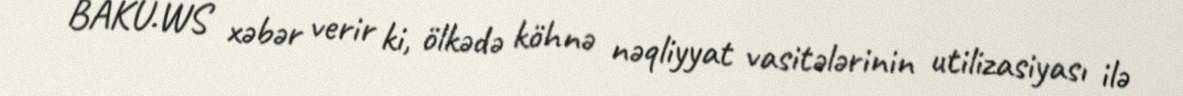
BAKU.WS xəbər verir ki, ölkədə köhnə nəqliyyat vasitələrinin utilizasiyası ilə